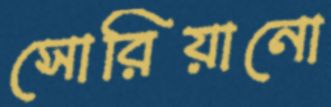
সোরিয়ানো